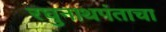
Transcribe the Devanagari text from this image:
रघुनाथपंताचा